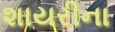
શાયરીના